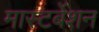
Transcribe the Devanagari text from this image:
मास्टर्बेशन